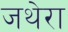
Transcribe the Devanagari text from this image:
जथेरा